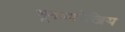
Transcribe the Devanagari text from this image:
भूमध्यरेखिय